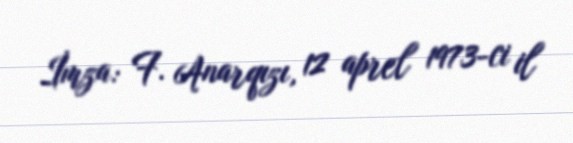
İmza: F. Anarqızı, 12 aprel 1973-ci il